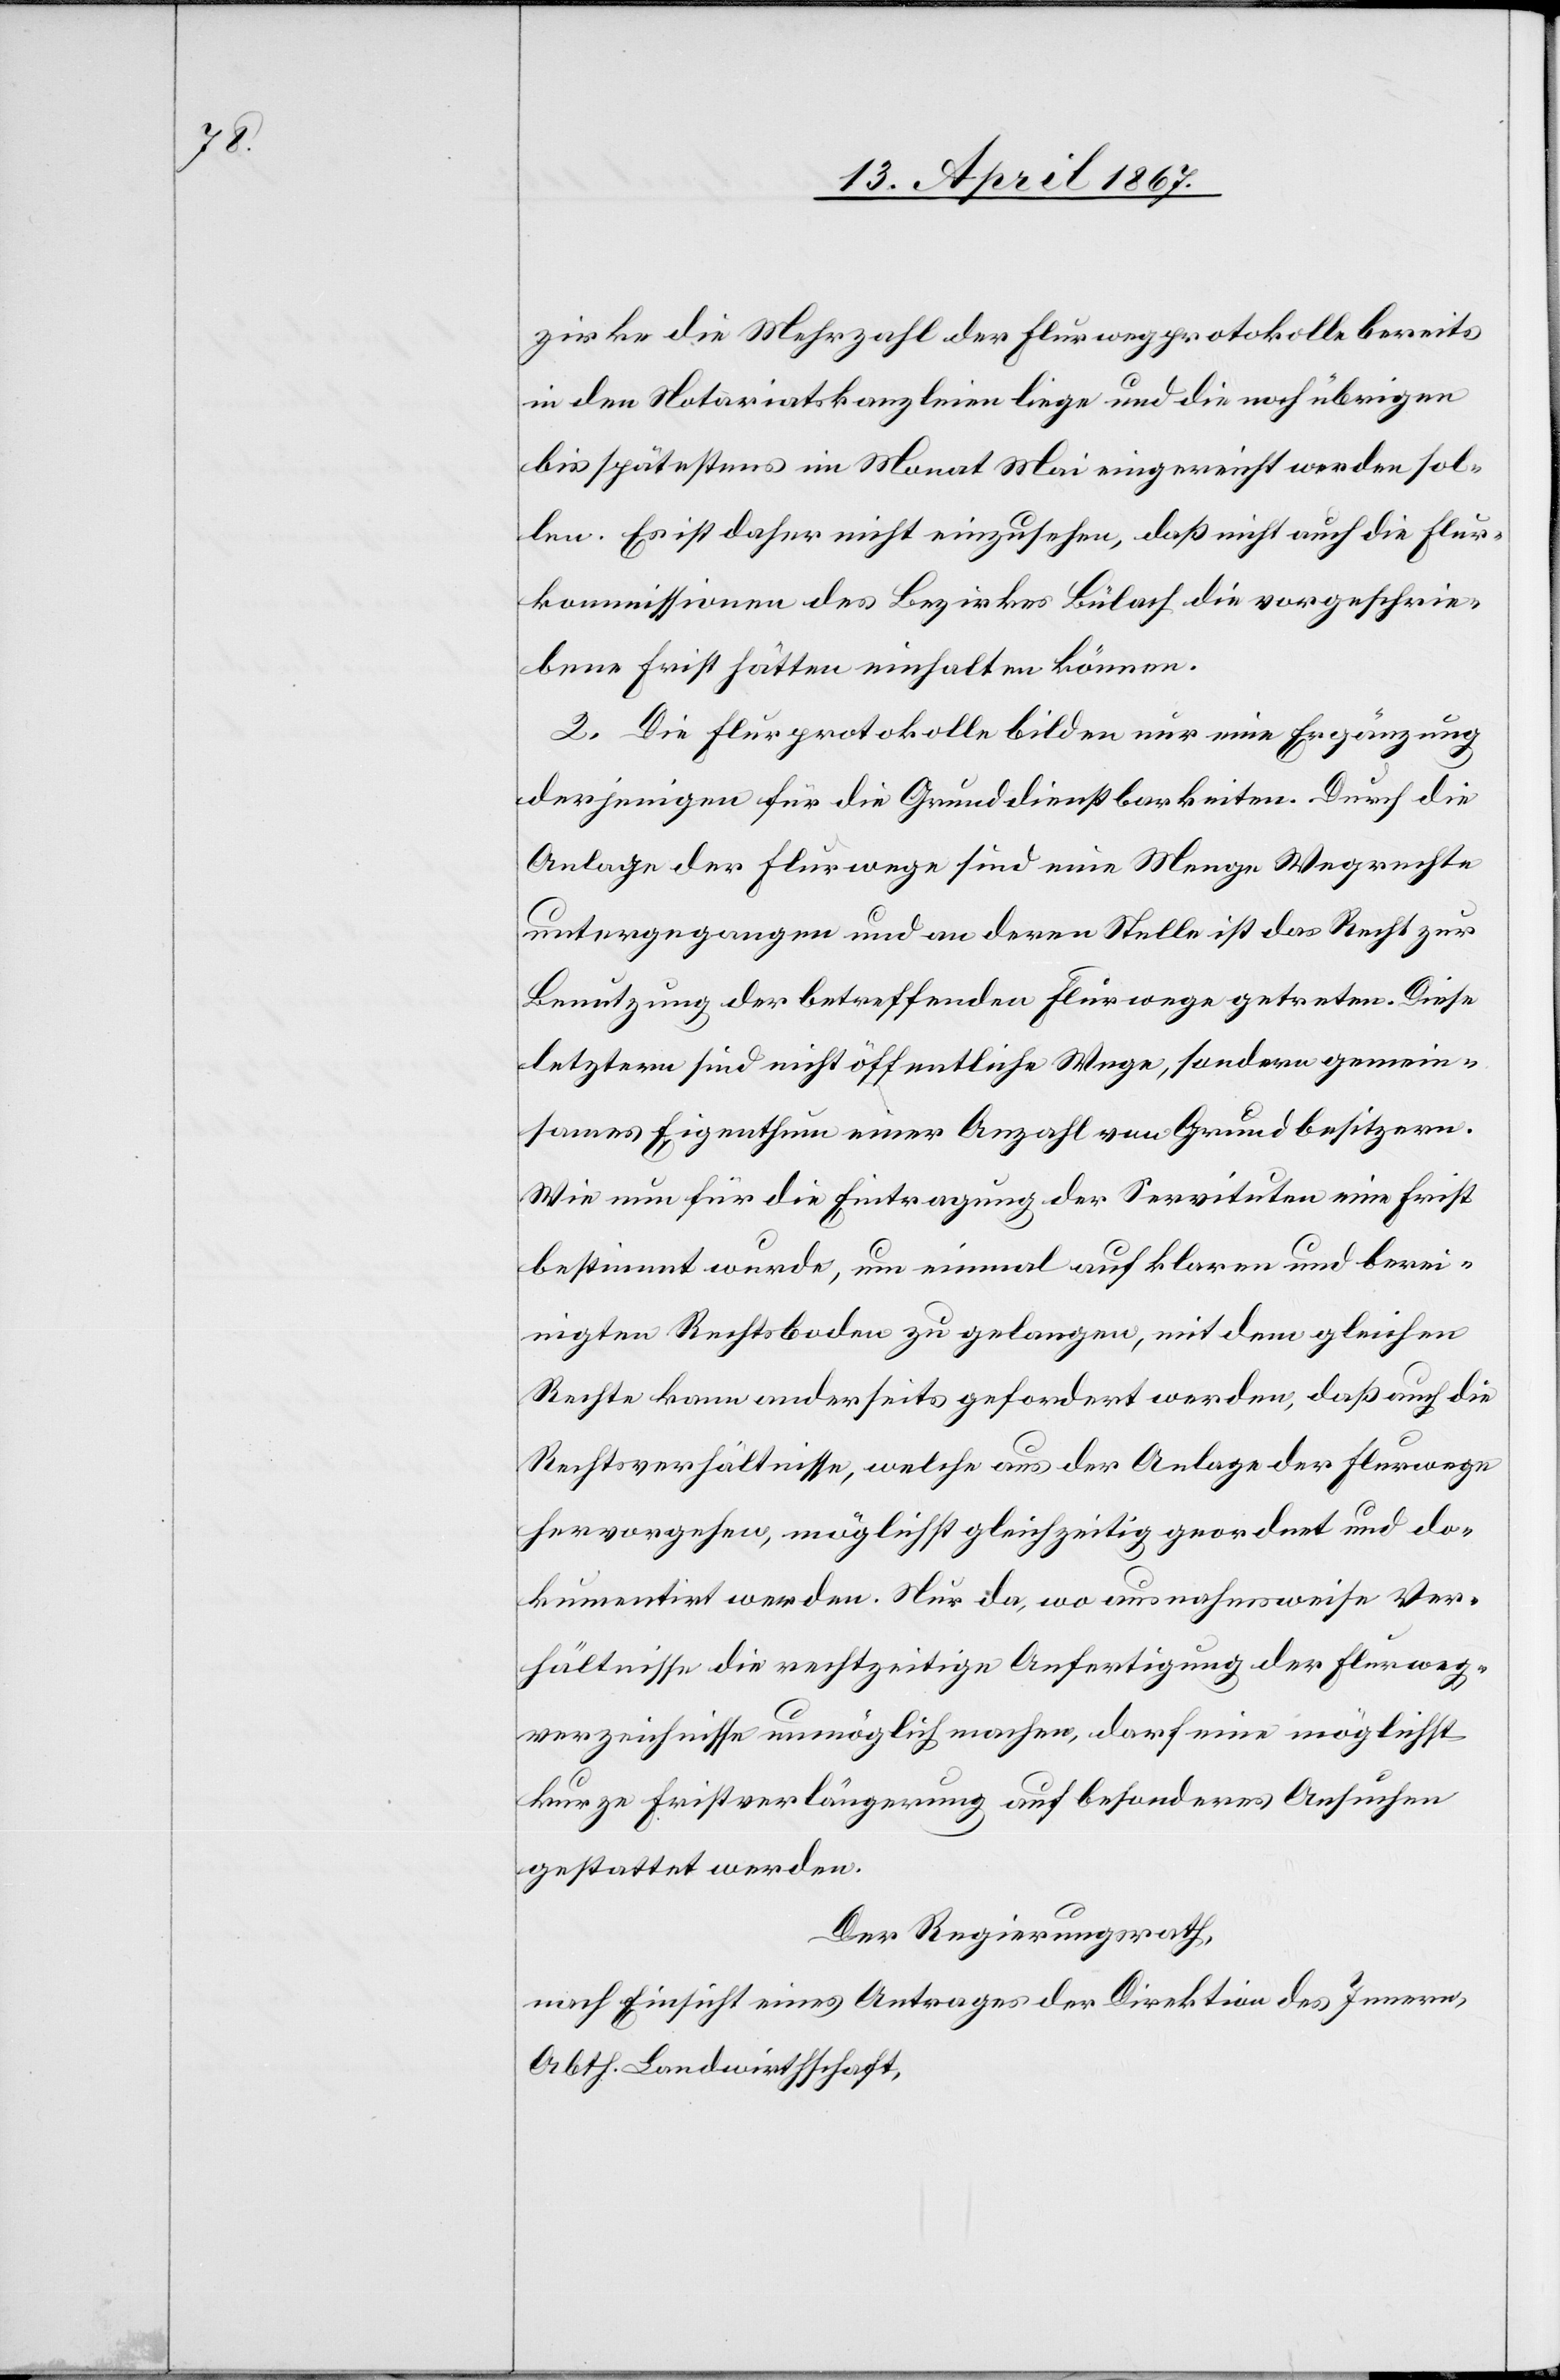
zirke die Mehrzahl der Flurwegprotokolle bereits
in den Notariatskanzleien liege und die noch übrigen
bis spätestens im Monat Mai eingereicht werden sol¬
len. Es ist daher nicht einzusehen, daß nicht auch die Flur¬
kommissionen des Bezirkes Bülach die vorgeschrie¬
bene Frist hätten einhalten können.
2. Die Flurprotokolle bilden nur eine Ergänzung
derjenigen für die Grunddienstbarkeiten. Durch die
Anlage der Flurwege sind eine Menge Wegrechte
untergegangen und an deren Stelle ist das Recht zur
Benutzung der betreffenden Flurwege getreten. Diese
letztern sind nicht öffentliche Wege, sondern gemein¬
sames Eigenthum einer Anzahl von Grundbesitzern.
Wie nun für die Eintragung der Servituten eine Frist
bestimmt wurde, um einmal auf klaren und berei¬
nigten Rechtsboden zu gelangen, mit dem gleichen
Rechte kommenderseits gefordert werden, daß auch die
Rechtsverhältnisse, welche aus der Anlage der Flurwege
hervorgehen, möglichst gleichzeitig geordert und do¬
kumentirt werden. Nur da, wo ausnahmsweise Ver¬
hältnisse die rechtzeitige Anfertigung der Flurweg¬
verzeichnisse unmöglich machen, darf eine möglichst
kurze Fristverlängerung auf besonderes Ansuchen
gestattet werden.
Der Regierungsrath,
nach Einsicht eines Antrages der Direktion des Innern,
Abth. Landwirthschaft,